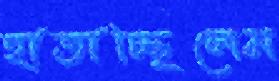
হাতাচ্ছিলেম